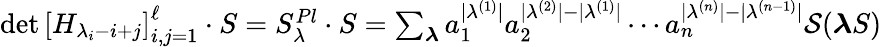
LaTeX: \begin{array}{r}{\operatorname*{det}\left[H_{\lambda_{i}-i+j}\right]_{i,j=1}^{\ell}\cdot S=S_{\lambda}^{Pl}\cdot S=\sum_{\boldsymbol\lambda}a_{1}^{|\lambda^{(1)}|}a_{2}^{|\lambda^{(2)}|-|\lambda^{(1)}|}\cdots a_{n}^{|\lambda^{(n)}|-|\lambda^{(n-1)}|}\mathcal{S}(\boldsymbol\lambda S)}\end{array}